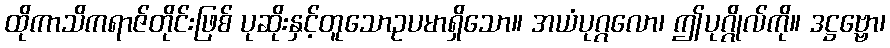
ထိုကာသိကရာဇ်တိုင်းဖြစ် ပုဆိုးနှင့်တူသောဥပမာရှိသော။ အယံပုဂ္ဂလော၊ ဤပုဂ္ဂိုလ်ကို။ ဒဋ္ဌဗ္ဗော၊